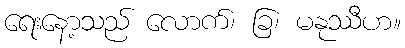
ရေးနော့သည် လောက်၊ ခြ၊ မနုဿီဟ။